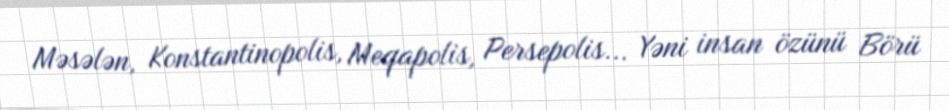
Məsələn, Konstantinopolis, Meqapolis, Persepolis... Yəni insan özünü Börü